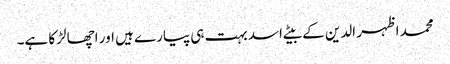
محمد اظہر الدین کے بیٹے اسد بہت ہی پیارے ہیں اور اچھا لڑکا ہے۔